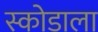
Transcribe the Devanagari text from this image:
स्कोडाला